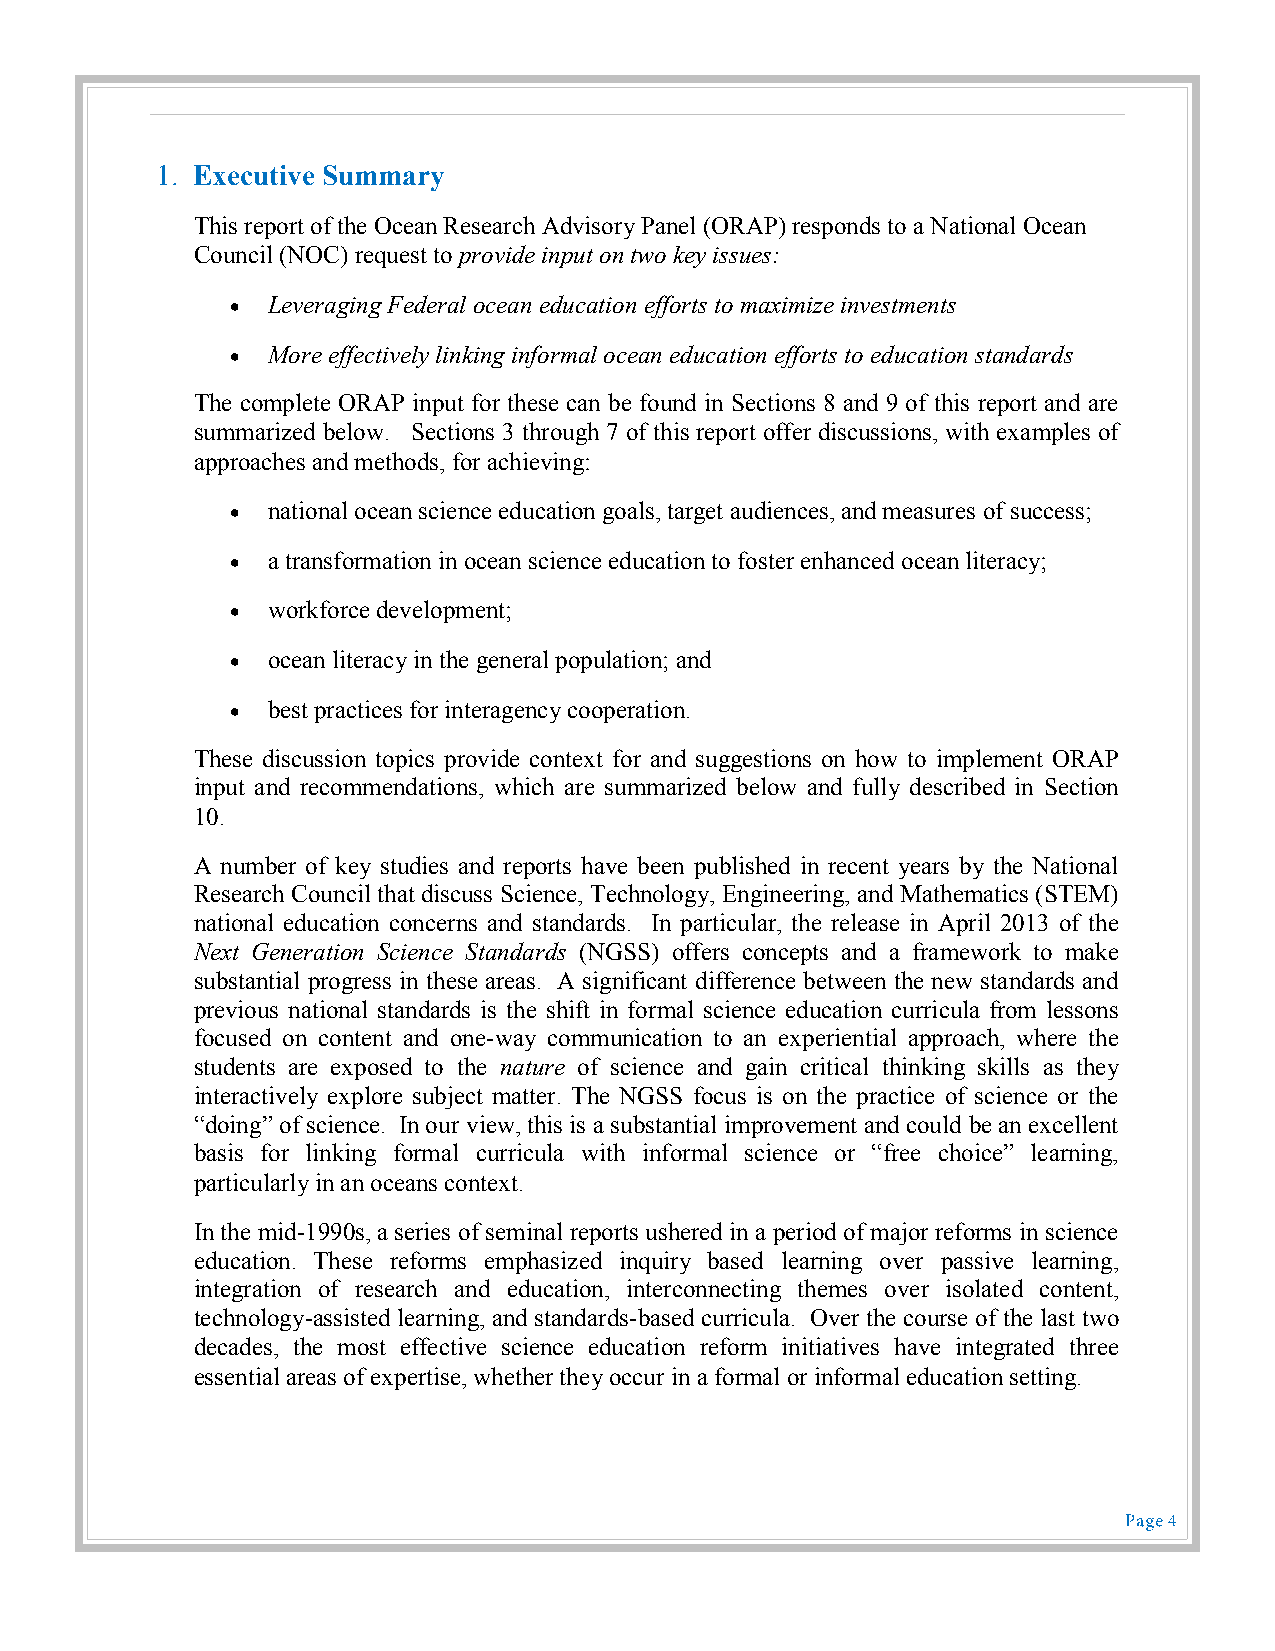
1. Executive Summary
 This report of the Ocean Research Advisory Panel (ORAP) responds to a National Ocean
 Council (NOC) request to provide input on two key issues:
   Leveraging Federal ocean education efforts to maximize investments
   More effectively linking informal ocean education efforts to education standards
 The complete ORAP input for these can be found in Sections 8 and 9 of this report and are
 summarized below. Sections 3 through 7 of this report offer discussions, with examples of
 approaches and methods, for achieving:
   national ocean science education goals, target audiences, and measures of success;
   a transformation in ocean science education to foster enhanced ocean literacy;
   workforce development;
   ocean literacy in the general population; and
   best practices for interagency cooperation.
 These discussion topics provide context for and suggestions on how to implement ORAP
 input and recommendations, which are summarized below and fully described in Section
 10.
 A number of key studies and reports have been published in recent years by the National
 Research Council that discuss Science, Technology, Engineering, and Mathematics (STEM)
 national education concerns and standards. In particular, the release in April 2013 of the
 Next Generation Science Standards (NGSS) offers concepts and a framework to make
 substantial progress in these areas. A significant difference between the new standards and
 previous national standards is the shift in formal science education curricula from lessons
 focused on content and one-way communication to an experiential approach, where the
 students are exposed to the nature of science and gain critical thinking skills as they
 interactively explore subject matter. The NGSS focus is on the practice of science or the
 “doing” of science. In our view, this is a substantial improvement and could be an excellent
 basis for linking formal curricula with informal science or “free choice” learning,
 particularly in an oceans context.
 In the mid-1990s, a series of seminal reports ushered in a period of major reforms in science
 education. These reforms emphasized inquiry based learning over passive learning,
 integration of research and education, interconnecting themes over isolated content,
 technology-assisted learning, and standards-based curricula. Over the course of the last two
 decades, the most effective science education reform initiatives have integrated three
 essential areas of expertise, whether they occur in a formal or informal education setting.